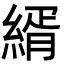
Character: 縃